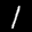
Label: 1